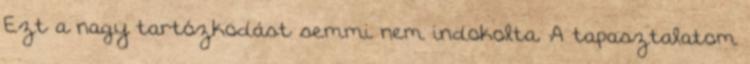
Ezt a nagy tartózkodást semmi nem indokolta. A tapasztalatom